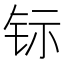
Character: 𮷿